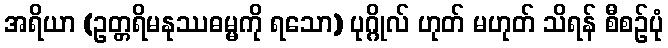
အရိယာ (ဥတ္တရိမနုဿဓမ္မကို ရသော) ပုဂ္ဂိုလ် ဟုတ် မဟုတ် သိရန် စီစဉ်ပုံ